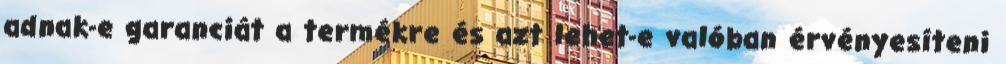
adnak-e garanciát a termékre és azt lehet-e valóban érvényesíteni